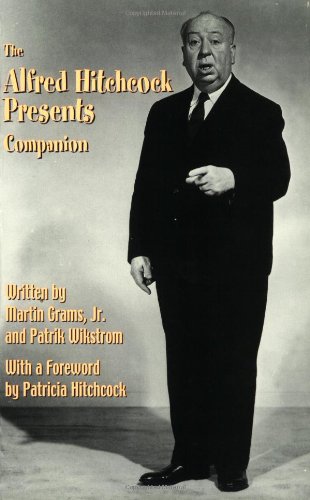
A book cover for The Alfred Hitchcock Presents Companion; Martin Grams; Humor & Entertainment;